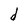
Character: d